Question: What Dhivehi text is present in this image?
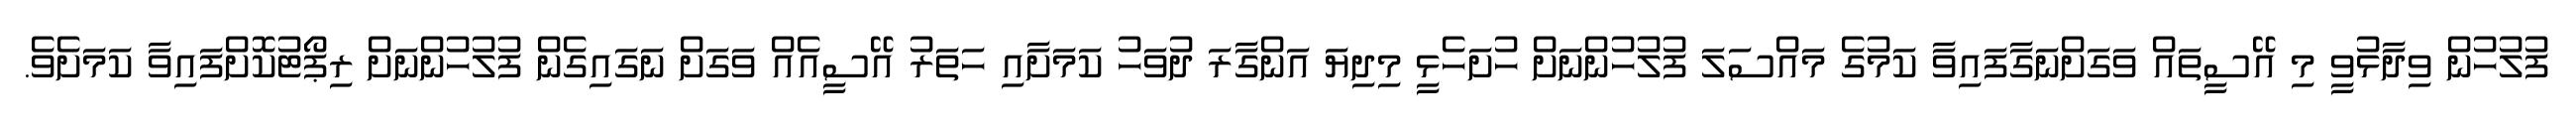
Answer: ފުލުހުން ވިދާޅުވީ މި އޭސީތައް ވަގަށްނަގާފައިވާ ކަމުގެ މައްސަލަ ފުލުހުންނަށް ހުށަހެޅީ މިދިޔަ އަންގާރަ ދުވަހު ކަމަށާއި ހަތަރު އޭސީއެއް ވަގަށް ނަގައިގެން ފުލުހުންނަށް ރިޕޯޓުކޮށްފައިވާ ކަމަށެވެ.